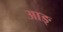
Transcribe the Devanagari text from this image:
आङ्‌